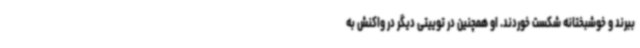
ببرند و خوشبختانه شکست خوردند. او همچنین در توییتی دیگر در واکنش به